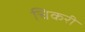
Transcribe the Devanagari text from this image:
चिकरी